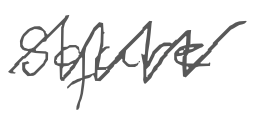
Text: square
Cross-out: zig-zag
Writing tool: digital_gray